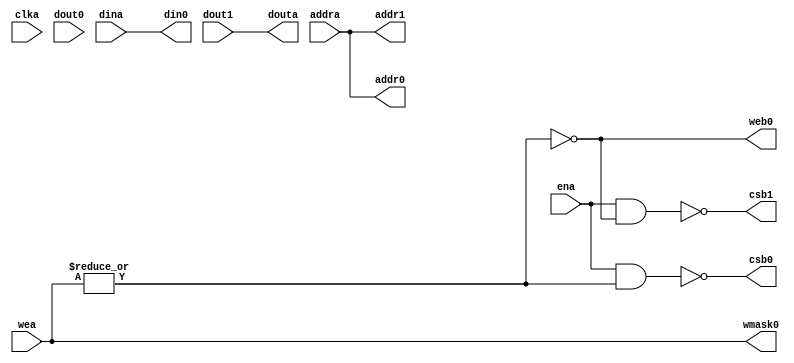
// SPDX-FileCopyrightText: 2020 Efabless Corporation
//
// Licensed under the Apache License, Version 2.0 (the "License");
// you may not use this file except in compliance with the License.
// You may obtain a copy of the License at
//
//      http://www.apache.org/licenses/LICENSE-2.0
//
// Unless required by applicable law or agreed to in writing, software
// distributed under the License is distributed on an "AS IS" BASIS,
// WITHOUT WARRANTIES OR CONDITIONS OF ANY KIND, either express or implied.
// See the License for the specific language governing permissions and
// limitations under the License.
// SPDX-License-Identifier: Apache-2.0
`timescale 1ns / 1ps

// Tek RW portlu SRAM bellegi modeller

module veri_bellegi_sram
(
    input           [12:0]                          addra                   ,
    input                                           clka                    ,
    input           [31:0]                          dina                    ,
    input                                           ena                     ,
    input           [3:0]                           wea                     ,

    output          [31:0]                          douta                   ,

   // To SRAM outside c0's macro
    output                                          csb0                    ,
    output                                          web0                    ,
    output          [3:0]                           wmask0                  ,
    output          [12:0]                          addr0                   ,
    output          [31:0]                          din0                    ,
    input           [31:0]                          dout0                   ,

    output                                          csb1                    ,
    output          [12:0]                          addr1                   ,
    input           [31:0]                          dout1                         

);

    assign      csb0        =           ~(ena&(|wea))       ;
    assign      web0        =           ~(|wea)             ;
    assign      wmask0      =           wea                 ;
    
    assign      addr0       =           addra               ;
    assign      din0        =           dina                ;
    //assign      dout0       =           32'b0           ;

    assign      csb1        =           ~(ena&(~(|wea)))    ;
    assign      addr1       =           addra               ;
    assign      douta       =           dout1               ;

endmodule